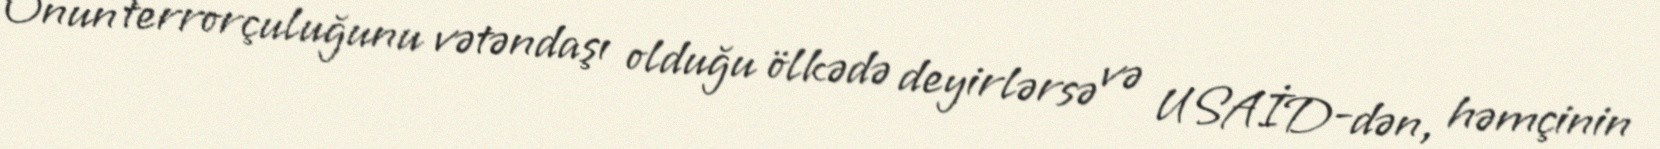
Onun terrorçuluğunu vətəndaşı olduğu ölkədə deyirlərsə və USAİD-dən, həmçinin